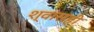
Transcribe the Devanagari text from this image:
श्‍वासही